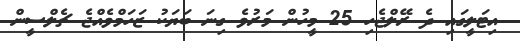
އިޓަލީގައި ދެ ރޭލްޖެހި 25 މީހުން މަރުވެ ގިނަ ބަޔަކު ޒަހަމްވެއްޖެ ޗެލްސީން